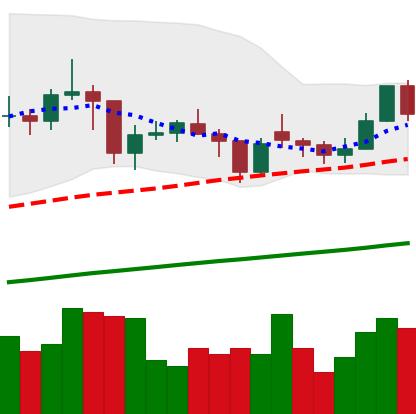
Ticker: LTC-USD
Chart end date: 2021-02-04
Forward return: 25.468%
Label: up_7plus